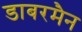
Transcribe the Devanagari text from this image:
डाबरमैन